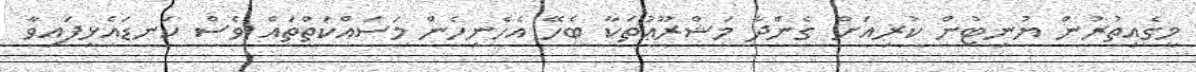
މީގެއިތުރުން ޔުނިޓުން ކުރިއަށް ގެންދާ މަޝްރޫޢުތަކާ ބެހޭ އެހެނިހެން މަސައްކަތްތައް ވެސް ކަނޑައެޅިފައިވާ